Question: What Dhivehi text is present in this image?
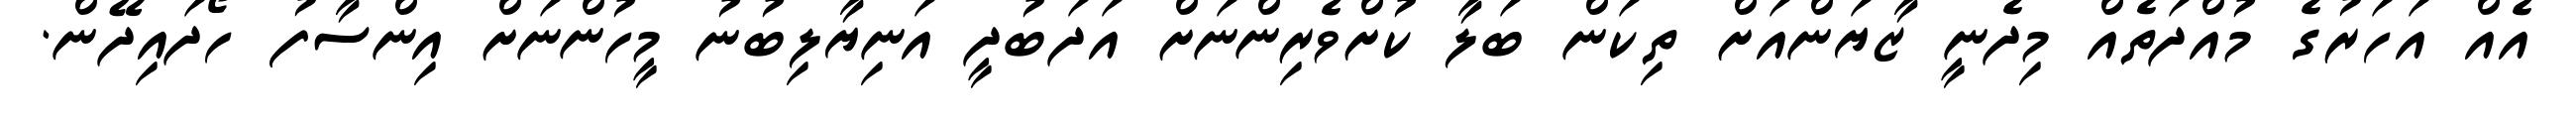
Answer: އެއް އަހަރުގެ މުއްދަތެއް މިދެނީ ޒާޔަންއަށް ތިކަން ބަލާ ކުށްވެރިންނަށް އަދަބުދީ އަނިޔާލިބުނު މީހުންނަށް އިންސާފު ހޯދައިދޭން.